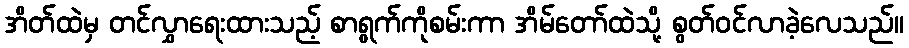
အိတ်ထဲမှ တင်လွှာရေးထားသည့် စာရွက်ကိုစမ်းကာ အိမ်တော်ထဲသို့ စွတ်ဝင်လာခဲ့လေသည်။